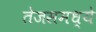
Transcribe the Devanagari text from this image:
तेजसमध्ये